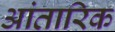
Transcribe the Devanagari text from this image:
आंतारिक